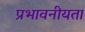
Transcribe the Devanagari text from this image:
प्रभावनीयता